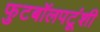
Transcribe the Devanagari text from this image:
फुटबॉलपटूंशी